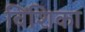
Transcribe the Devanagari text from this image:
विंशिका